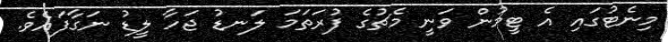
މިނެޓުގައި އެ ޓީމުން ވަނީ މެޗުގެ ފުރަތަމަ ލަނޑު ޖަހާ ލީޑު ނަގާފައެވެ.